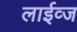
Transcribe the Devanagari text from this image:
लाईव्ज